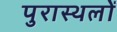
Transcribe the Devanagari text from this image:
पुरास्थलों